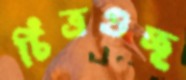
চিত্রগুচ্ছ